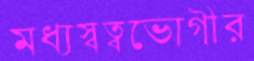
মধ্যস্বত্বভোগীর